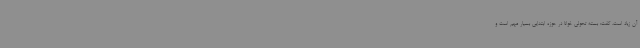
آن زیاد است، گفت: بسته تحولی خوانا در حوزه ابتدایی بسیار مهم است و